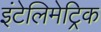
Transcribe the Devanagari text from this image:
इंटेलिमेट्रिक